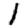
Digit: 1